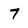
Character: 7